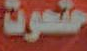
حتحوت